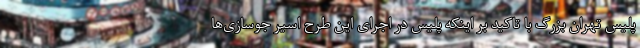
پلیس تهران بزرگ با تاکید بر اینکه پلیس در اجرای این طرح اسیر جوسازی‌ها